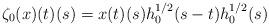
LaTeX: \begin{align*}\zeta_0 (x)(t)(s) = x (t)(s) h_0^{1/2}(s-t) h_0^{1/2}(s)\end{align*}